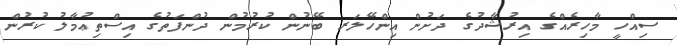
ސިއްހީ މާހިރެއްގެ އިރުޝާދުގެ ދަށުން އިންހޭލަރ ބޭނުން ކުރުމުން ދުންފަތުގެ އިސްތިޢުމާލު ކުރުން